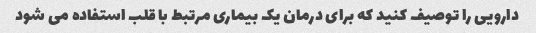
دارویی را توصیف کنید که برای درمان یک بیماری مرتبط با قلب استفاده می شود